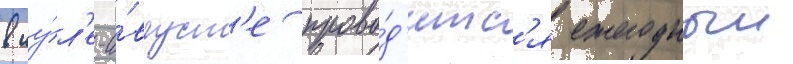
в иу́л'е-а́вгуст'е прово́д'итс'я ежегодныи